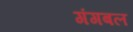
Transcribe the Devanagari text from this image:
गंगबल